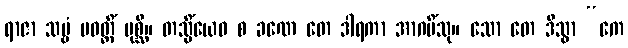
ရာဇာ သဗ္ဗံ ပဝတ္တိံ ပုစ္ဆိ။ တသ္မိံယေဝ စ ခဏေ တေ ဒါရကာ အာဂမိံသု။ သော တေ ဒိသွာ “ကေ